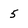
Character: 5